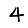
Digit: 4